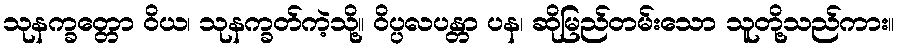
သုနက္ခတ္တော ဝိယ၊ သုနက္ခတ်ကဲ့သို့။ ဝိပ္ပလပန္တာ ပန၊ ဆိုမြည်တမ်းသော သူတို့သည်ကား။